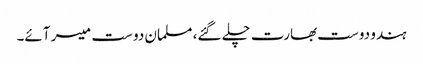
ہندو دوست بھارت چلے گئے، مسلمان دوست میسر آئے۔